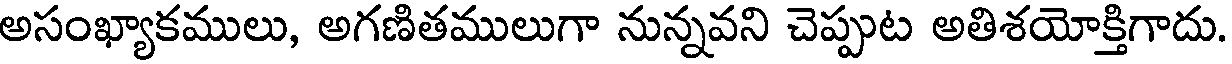
అసంఖ్యాకములు, అగణితములుగా నున్నవని చెప్పుట అతిశయోక్తిగాదు.